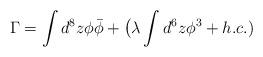
LaTeX: \begin{align*}\Gamma=\int d^8 z \phi\bar{\phi}+\big(\lambda \int d^6 z {\phi}^3+ h.c.)\end{align*}